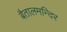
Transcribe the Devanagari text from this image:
बैतालमन्दिर